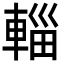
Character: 輜